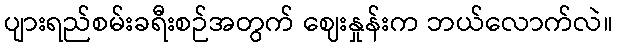
ပျားရည်စမ်းခရီးစဉ်အတွက် ဈေးနှုန်းက ဘယ်လောက်လဲ။